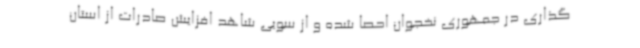
گذاری در جمهوری نخجوان احصا شده و از سویی شاهد افزایش صادرات از استان